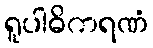
ရူပါဓိကရဏံ